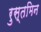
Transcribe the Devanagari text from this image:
रुस्तमिन